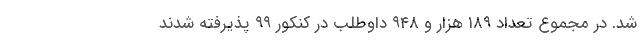
شد. در مجموع تعداد ۱۸۹ هزار و ۹۴۸ داوطلب در کنکور ۹۹ پذیرفته شدند